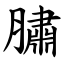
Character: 䐹